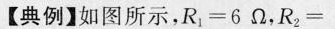
【典例】如图所示，$$R _ { 1 } = 6 Ω$$，$$R_{2} =